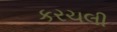
કરચલી